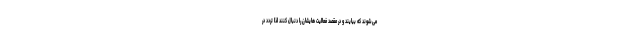
می‌شوند که بیایند و در مقصد فعالیت هایشان را دنبال کنند لذا تردد در